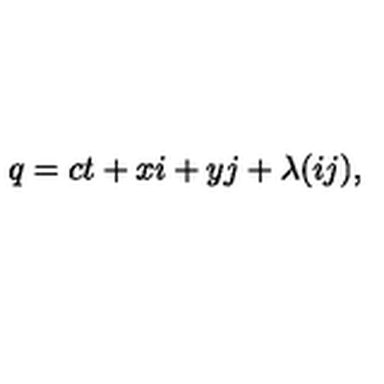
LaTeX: q = c t + x i + y j + \lambda ( i j ) ,